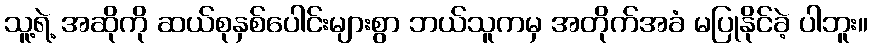
သူ့ရဲ့ အဆိုကို ဆယ်စုနှစ်ပေါင်းများစွာ ဘယ်သူကမှ အတိုက်အခံ မပြုနိုင်ခဲ့ ပါဘူး။